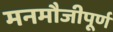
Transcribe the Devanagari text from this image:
मनमौजीपूर्ण